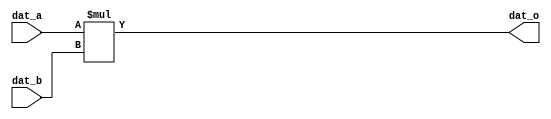
module top(
    input  wire [ 7:0] dat_a,
    input  wire [ 7:0] dat_b,
    output wire [15:0] dat_o
);

    // Asynchronous multiplier implemented using logic.
    // For the purpose of timing model evaluation.
    assign dat_o = dat_a * dat_b;

endmodule